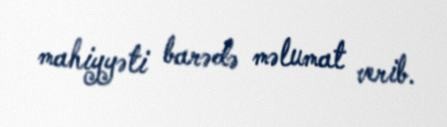
mahiyyəti barədə məlumat verib.